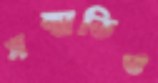
সম্মতিও